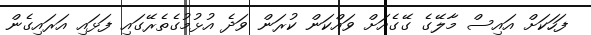
ފަހަކަށް އައިސް މާލޭގެ ގޭގެއަށް ވައްކަން ކުރަން ވަދެ އުޅުމުގެތެރޭގައި ފަޅައި އަރައިގެން